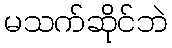
မသက်ဆိုင်ဘဲ